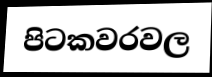
පිටකවරවල